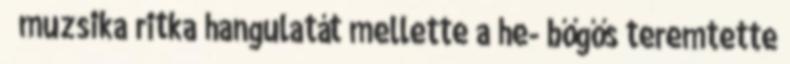
muzsika ritka hangulatát mellette a he- bőgős teremtette